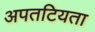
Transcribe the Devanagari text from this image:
अपतटियता